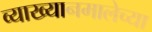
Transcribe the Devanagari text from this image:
व्याख्यानमालेच्या